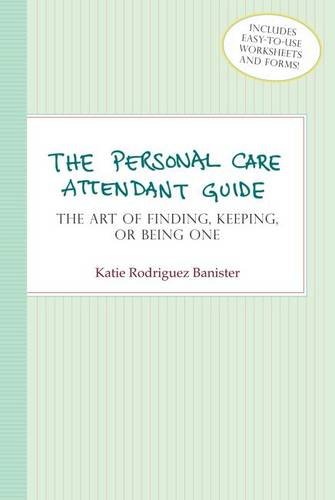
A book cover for The Personal Care Attendant Guide: "The Art of Finding, Keeping, or Being One"; Katie Rodriguez Banister; Medical Books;